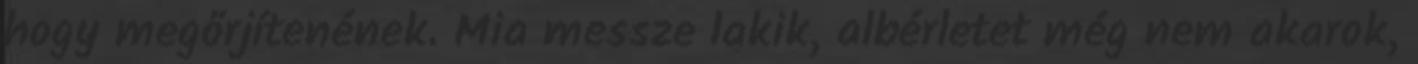
hogy megőrjítenének. Mia messze lakik, albérletet még nem akarok,